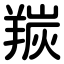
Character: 羰